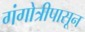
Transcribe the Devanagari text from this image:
गंगोत्रीपासून